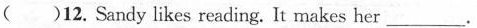
( )12.Sandy likes reading. It makes her ___.